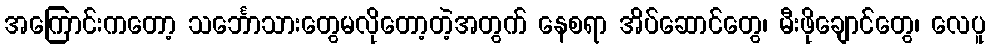
အကြောင်းကတော့ သင်္ဘောသားတွေမလိုတော့တဲ့အတွက် နေစရာ အိပ်ဆောင်တွေ၊ မီးဖိုချောင်တွေ၊ လေပူ